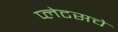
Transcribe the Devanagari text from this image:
प्लेटसचे